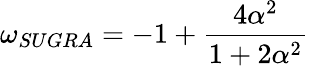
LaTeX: \omega_{SUGRA}=-1+\frac{4\alpha^{2}}{1+2\alpha^{2}}